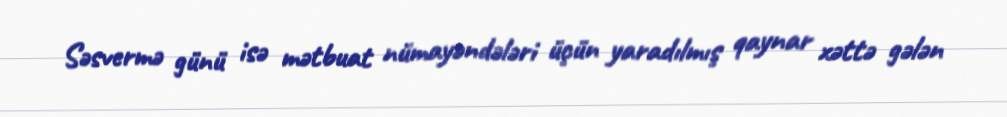
Səsvermə günü isə mətbuat nümayəndələri üçün yaradılmış qaynar xəttə gələn